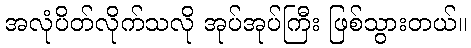
အလုံပိတ်လိုက်သလို အုပ်အုပ်ကြီး ဖြစ်သွားတယ်။